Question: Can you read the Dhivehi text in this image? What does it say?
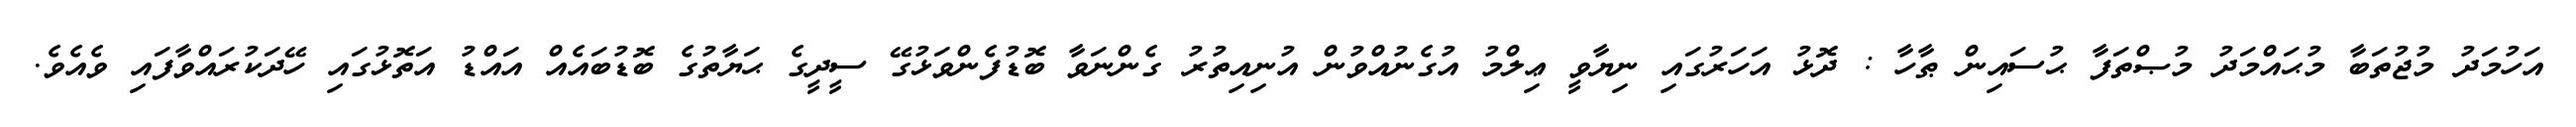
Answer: އަހުމަދު މުޖުތަބާ މުޙައްމަދު މުޞްތަފާ ޙުސައިން ޠާހާ : ދޮޅު އަހަރުގައި ނިޔާވީ ޢިލްމު އުގެނުއްވުން އުނިއިތުރު ގެންނަވާ ބޮޑުފެންވަޅުގޭ ސީދީގެ ޙަޔާތުގެ ބޮޑުބައެއް އައްޑު އަތޮޅުގައި ހޭދަކުރައްވާފައި ވެއެވެ.